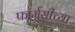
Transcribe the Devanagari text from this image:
फार्मसीच्या